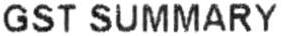
GST SUMMARY